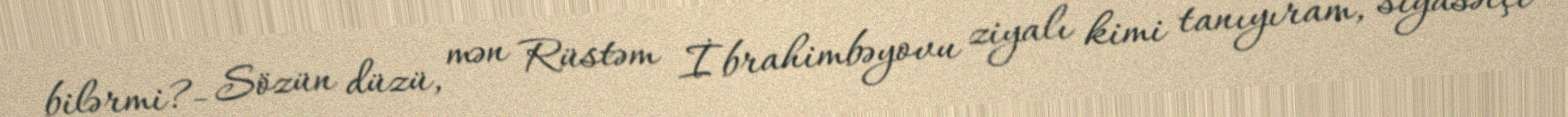
bilərmi?- Sözün düzü, mən Rüstəm İbrahimbəyovu ziyalı kimi tanıyıram, siyasətçi